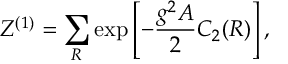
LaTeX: { \cal Z } ^ { ( 1 ) } = \sum _ { R } \exp \left[ - { \frac { g ^ { 2 } A } { 2 } } C _ { 2 } ( R ) \right] ,